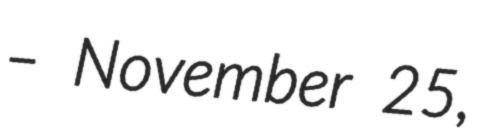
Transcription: – November 25,